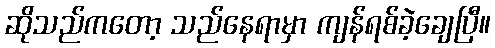
ဆိုသည်ကတော့ သည်နေရာမှာ ကျန်ရစ်ခဲ့ချေပြီ။